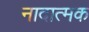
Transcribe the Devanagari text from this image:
नादात्मक